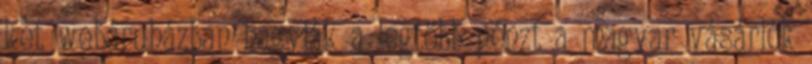
két webáruházban hagyják a legtöbb pénzt a magyar vásárlók